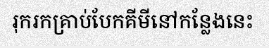
រុករកគ្រាប់បែកគីមីនៅកន្លែងនេះ